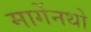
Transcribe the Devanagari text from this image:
मार्गेनथो